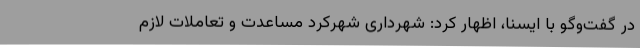
در گفت‌وگو با ایسنا، اظهار کرد: شهرداری شهرکرد مساعدت و تعاملات لازم